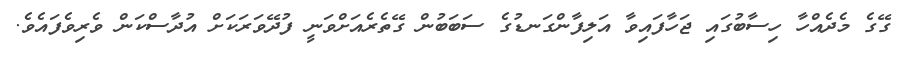
ގޭގެ މެދެއްހާ ހިސާބުގައި ޖަހާފައިވާ އަލިފާންގަނޑުގެ ސަބަބުން ގޭތެރެއަށްވަނީ ފުދޭވަރަކަށް އުދާސްކަން ވެރިވެފައެވެ.